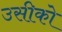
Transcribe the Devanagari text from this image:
उसीको